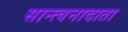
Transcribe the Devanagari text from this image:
सान्त्वनादाता